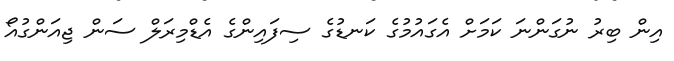
އިން ބިރު ނުގަންނަ ކަމަށް އެގައުމުގެ ކަނޑުގެ ސިފައިންގެ އެޑްމިރަލް ސަން ޖިއަންގުއޯ